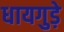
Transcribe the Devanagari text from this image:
धायगुड़े